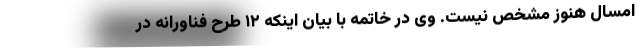
امسال هنوز مشخص نیست. وی در خاتمه با بیان اینکه ۱۲ طرح فناورانه در